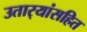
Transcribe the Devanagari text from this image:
उतार्‍यांसहित